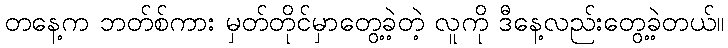
တနေ့က ဘတ်စ်ကား မှတ်တိုင်မှာတွေ့ခဲ့တဲ့ လူကို ဒီနေ့လည်းတွေ့ခဲ့တယ်။